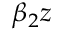
\beta _ { 2 } z